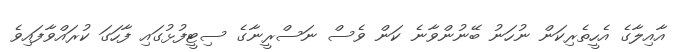
އާއިލާގެ އެހީތެރިކަން ނުހަނު ބޭނުންވާނެ ކަން ވެސް ނަސްރީނާގެ ސިޓީފުޅުގައި ފާހަގަ ކުރައްވާފައިވެ